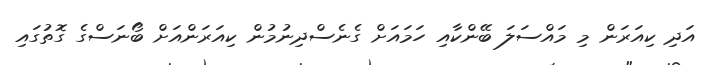
އަދި ކިއަރަން މި މައްސަލަ ބޭންކާއި ހަމައަށް ގެނެސްދިނުމުން ކިއަރަންއަށް ބޯނަސްގެ ގޮތުގައި